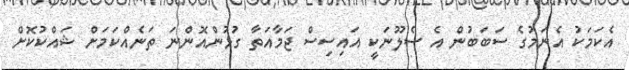
އެކަމަކު އެނަމުގެ ސަބަބުން އެ ސެލޫނަކީ އައިސިސް ޖަމާއަތާ ގުޅުންއޮންނަ ތަނެއްކަމަށް ޝައްކުކޮށް